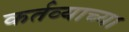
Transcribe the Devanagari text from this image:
कर्तव्याच्या